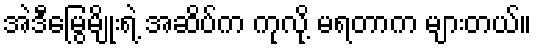
အဲဒီမြွေမျိုးရဲ့ အဆိပ်က ကုလို့ မရတာက များတယ်။